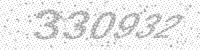
Solution: 330932